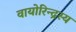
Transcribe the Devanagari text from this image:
वायोरिन्द्रस्य